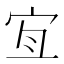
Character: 𡧧